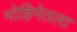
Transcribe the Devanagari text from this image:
मोहिमेतला